Annual report of the Punjab Veterinary College and of the Civil Veterinary Department, Punjab - 1894-1908
Year: 1894
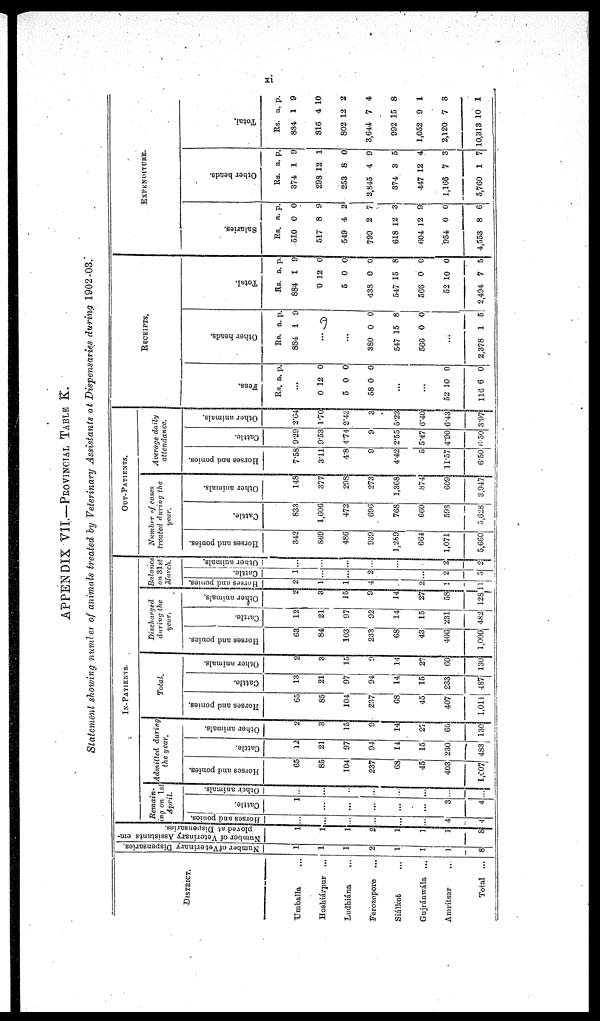
xi
APPENDIX VII.—PROVINCIAL TABLE K.
Statement showing number of animals treated by Veterinary Assistants at Dispensaries during 1902-03.
DISTRICT.
Umballa ...
Hoshiárpur ...
Ludhiana
...
Ferozepore ...
Siálkot ...
Gujránwala ...
Amritsar ...
Total ...
Number
of Veterinary Dispensaries
1
1
1
2
1
1
1
8
Number
of Veterinary Assistants em-
ployed at Dispensaries.
1
1
1
2
1
3
1
8
IN-PATIENTS.
Remain-
ing on 1st
April.
Horses
and ponies.
...
...
...
...
...
...
4
4
Cattle.
1
...
...
...
...
...
3
4
Other animals.
...
...
...
...
...
...
...
...
Admitted during
the year.
Horses and ponies.
65
85
104
237
68
45
403
1,607
Cattle.
12
21
97
94
14
15
230
483
Other animals.
2
3
15
9
14
27
60
130
Total.
Horses and ponies.
65
85
104
237
68
45
4071
1,011
Cattle.
13
21
97
94
14
15
233
487
Other animals.
2
3
15
9
14
27
60
130
Discharged
during the
year.
Horses and ponies.
63
84
103
233
68
43
406
1,000
Cattle.
12
21
97
92
14
15
231
482
Other animals.
2
3
15
9
14
27
58
128
Balance
on 31st
March.
Horses and ponies.
2
1
1
4
...
2
1
11
Cattle.
1
...
...
2
...
...
2
5
Other animals.
...
...
...
...
...
...
2
2
OUT-PATIENTS.
Number of cases
treated during the
year.
Horses and ponies.
342
869
486
939
1.289
664
1,071
5,660
Cattle.
833
1,606
472
696
768
660
593
5,828
Other animals.
148
377
298
273
1,368
874
609
3,947
Average daily
attendance.
Horses and ponies.
7.58
3.11
4.8
9
4.42
5
11.57
6.50
Cattle.
9.29
9.53
4.74
9
2.55
5.47
4.90
6.50
Other animals.
2.64
1.70
2.42
3
5.22
6.40
6.43
3.97
RECEIPTS.
Fees.
Rs. a. p.
...
0
5
58
12
0
0
0
0
0
...
...
52
116
10
6
0
0
Other heads.
Rs.
884
a.
1
p.
9
...
...
380
547
566
0
15
0
0
8
0
...
2,378 1 5
Total.
Rs.
884
0
5
438
547
568
52
2,494
a.
1
12
0
0
15
0
10
7
p.
9
0
0
0
8
0
0
5
EXPENDITURE.
Salaries.
Rs.
510
517
549
799
618
604
954
4,553
a.
0
8
4
2
12
12
0
8
p.
0
9
2
7
3
9
0
6
Other heads.
Rs.
374
298
253
2,845
374
447
1,166
5,760
a.
1
12
8
4
3
12
7
1
p.
9
1
0
9
5
4
3
7
Total.
Rs.
884
816
802
3,644
992
1,052
2,120
10,313
a.
1
4
12
7
15
9
7
10
p.
9
10
2
4
8
1
3
1